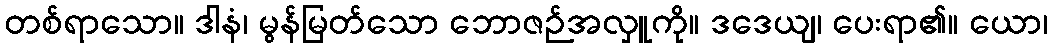
တစ်ရာသော။ ဒါနံ၊ မွန်မြတ်သော ဘောဇဉ်အလှူကို။ ဒဒေယျ၊ ပေးရာ၏။ ယော၊